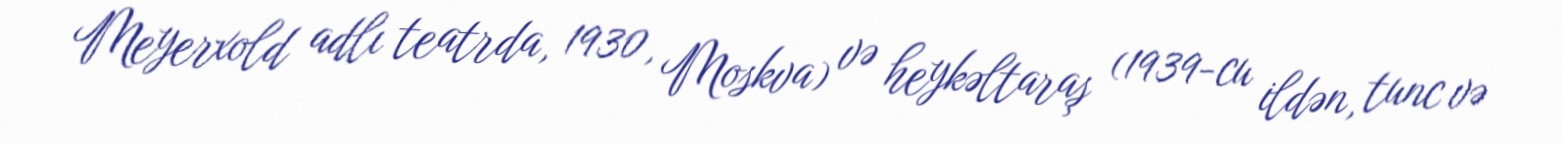
Meyerxold adlı teatrda, 1930, Moskva) və heykəltaraş (1939-cu ildən, tunc və